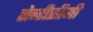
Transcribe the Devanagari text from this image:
सेन्टीसीमी